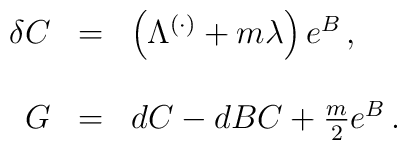
\begin{array}{rcl}\delta C & = & \left(\Lambda^{(\cdot)} +m\lambda\right)e^{B}\, ,\\& & \\G & = & d C - dB C + \frac{m}{2}e^{B}\, .\\& & \\\end{array}